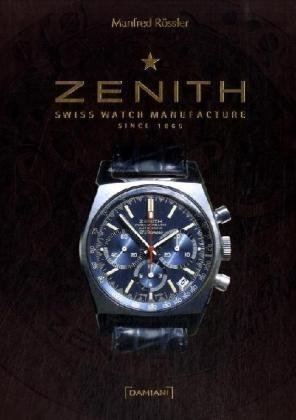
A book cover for Zenith: Swiss Watch Manufacture Since 1865; Crafts, Hobbies & Home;